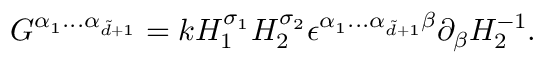
G ^ { \alpha _ { 1 } . . . \alpha _ { \tilde { d } + 1 } } = k H _ { 1 } ^ { \sigma _ { 1 } } H _ { 2 } ^ { \sigma _ { 2 } } \epsilon ^ { \alpha _ { 1 } . . . \alpha _ { \tilde { d } + 1 } \beta } \partial _ { \beta } H _ { 2 } ^ { - 1 } .